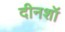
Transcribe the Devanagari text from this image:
दीनशॉ